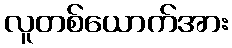
လူတစ်ယောက်အား